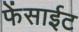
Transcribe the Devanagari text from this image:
फेंसाईट